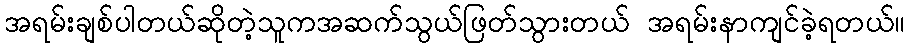
အရမ်းချစ်ပါတယ်ဆိုတဲ့သူကအဆက်သွယ်ဖြတ်သွားတယ် အရမ်းနာကျင်ခဲ့ရတယ်။